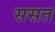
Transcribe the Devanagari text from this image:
ससत